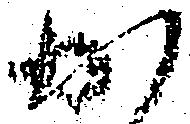
か